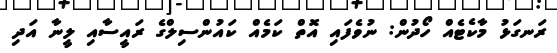
ރަނގަޅު މާކެޓެއް ހޯދުން: ނުވެފައި އޮތް ކަމެއް ކައުންސިލްގެ ރައީސާއި ލީނާ އަދި